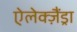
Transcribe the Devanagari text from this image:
ऐलेक्ज़ैंड्रा